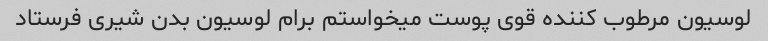
لوسیون مرطوب کننده قوی پوست میخواستم برام لوسیون بدن شیری فرستاد